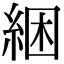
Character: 綑